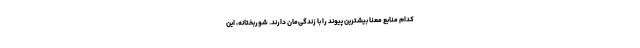
کدام منابع معنا بیشترین پیوند را با زندگی‌مان دارند. شوربختانه، این